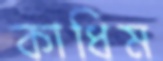
কাধিম